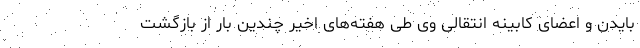
بایدن و اعضای کابینه انتقالی وی طی هفته‌های اخیر چندین بار از بازگشت